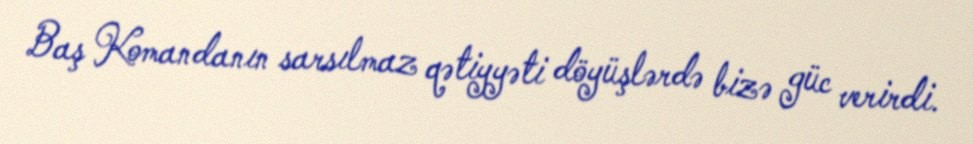
Baş Komandanın sarsılmaz qətiyyəti döyüşlərdə bizə güc verirdi.